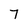
Character: 7